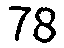
78